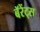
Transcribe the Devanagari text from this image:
बॅरेंट्‌स